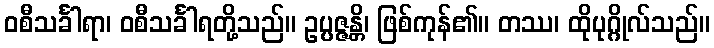
ဝစီသင်္ခါရာ၊ ဝစီသင်္ခါရတို့သည်။ ဥပ္ပဇ္ဇန္တိ၊ ဖြစ်ကုန်၏။ တဿ၊ ထိုပုဂ္ဂိုလ်သည်။